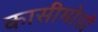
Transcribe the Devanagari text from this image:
कासीमोडो